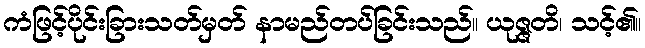
ကံဖြင့်ပိုင်းခြားသတ်မှတ် နာမည်တပ်ခြင်းသည်။ ယုဇ္ဇတိ၊ သင့်၏။